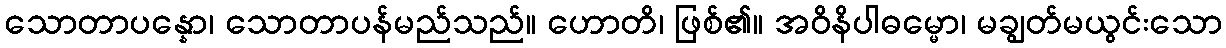
သောတာပန္နော၊ သောတာပန်မည်သည်။ ဟောတိ၊ ဖြစ်၏။ အဝိနိပါဓမ္မော၊ မချွတ်မယွင်းသော